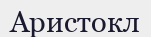
Аристокл